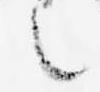
言